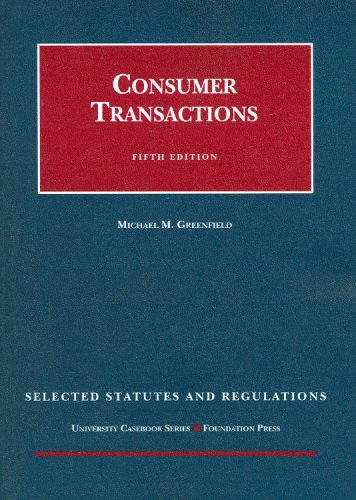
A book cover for Consumer Transactions, 5th, Selected Statutes and Regulations (University Casebook Series); Michael Greenfield; Law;